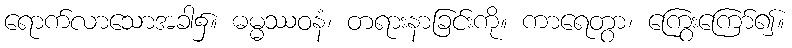
ရောက်လာသောအခါ၌။ ဓမ္မဿဝနံ၊ တရားနာခြင်းကို။ ကာရေတွာ၊ ကြွေးကြော်၍။